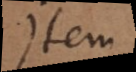
Item